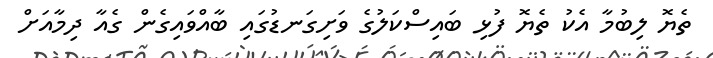
ތެޔޮ ލިބުމާ އެކު ތެޔޮ ފުޅި ބައިސްކަލުގެ ވަށިގަނޑުގައި ބާއްވައިގެން ގެއާ ދިމާއަށް